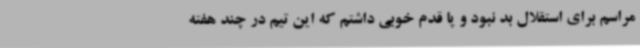
مراسم برای استقلال بد نبود و پا قدم خوبی داشتم که این تیم در چند هفته